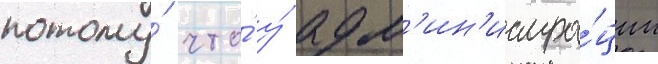
потому́ что́ у́ адм'ин'истра́ции